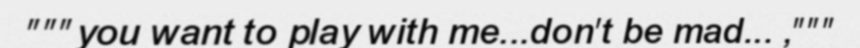
"""you want to play with me...don't be mad... ,"""